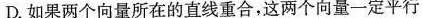
D.如果两个向量所在的直线重合，这两个向量一定平行